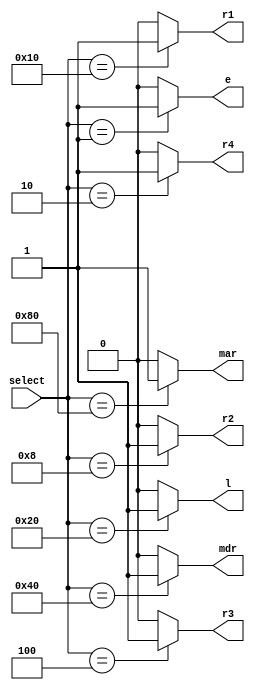
module Decoder(
	input wire [7:0] select,
	output wire r1,r2,r3,r4,l,e,mdr,mar
	);
	
	localparam    MAR     = 8'b10000000,
                  MDR     = 8'b01000000,
                  L      = 8'b00100000,
                  R1       = 8'b00010000,
                  R2      = 8'b00001000,
                  R3      = 8'b00000100,
                  R4      = 8'b00000010,
                  E      = 8'b00000001,
                  none_D = 8'b00000000;
				  
				  
				  
	assign r1 = (select == R1)? 1'b1 : 0;
	assign r2 = (select == R2)? 1'b1 : 0;
	assign r3 = (select == R3)? 1'b1 : 0;
	assign r4 = (select == R4)? 1'b1 : 0;
	assign l = (select == L)? 1'b1 : 0;
	assign e = (select == E)? 1'b1 : 0;
	assign mdr = (select == MDR)? 1'b1 : 0;
	assign mar = (select == MAR)? 1'b1 : 0;
	
endmodule